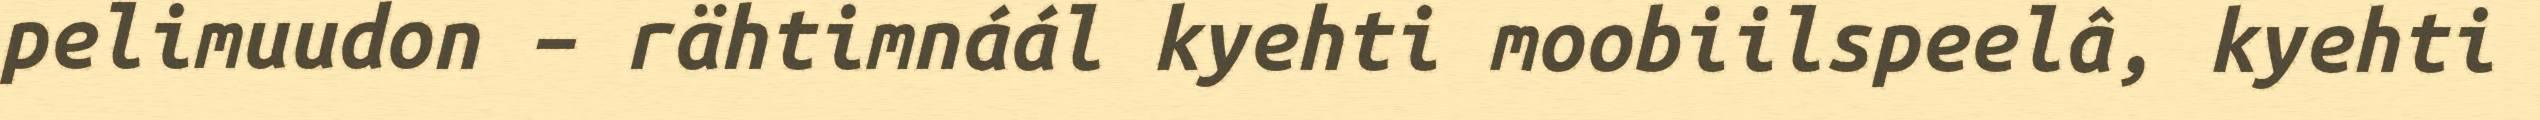
pelimuudon – rähtimnáál kyehti moobiilspeelâ, kyehti